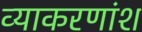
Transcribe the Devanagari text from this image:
व्याकरणांश